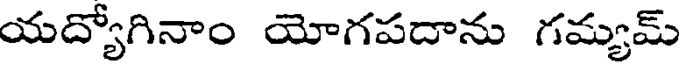
యద్యోగినాం యోగపదాను గమ్యమ్